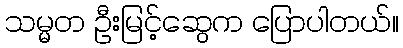
သမ္မတ ဦးမြင့်ဆွေက ပြောပါတယ်။